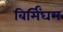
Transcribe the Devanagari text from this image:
बिर्मिंघम